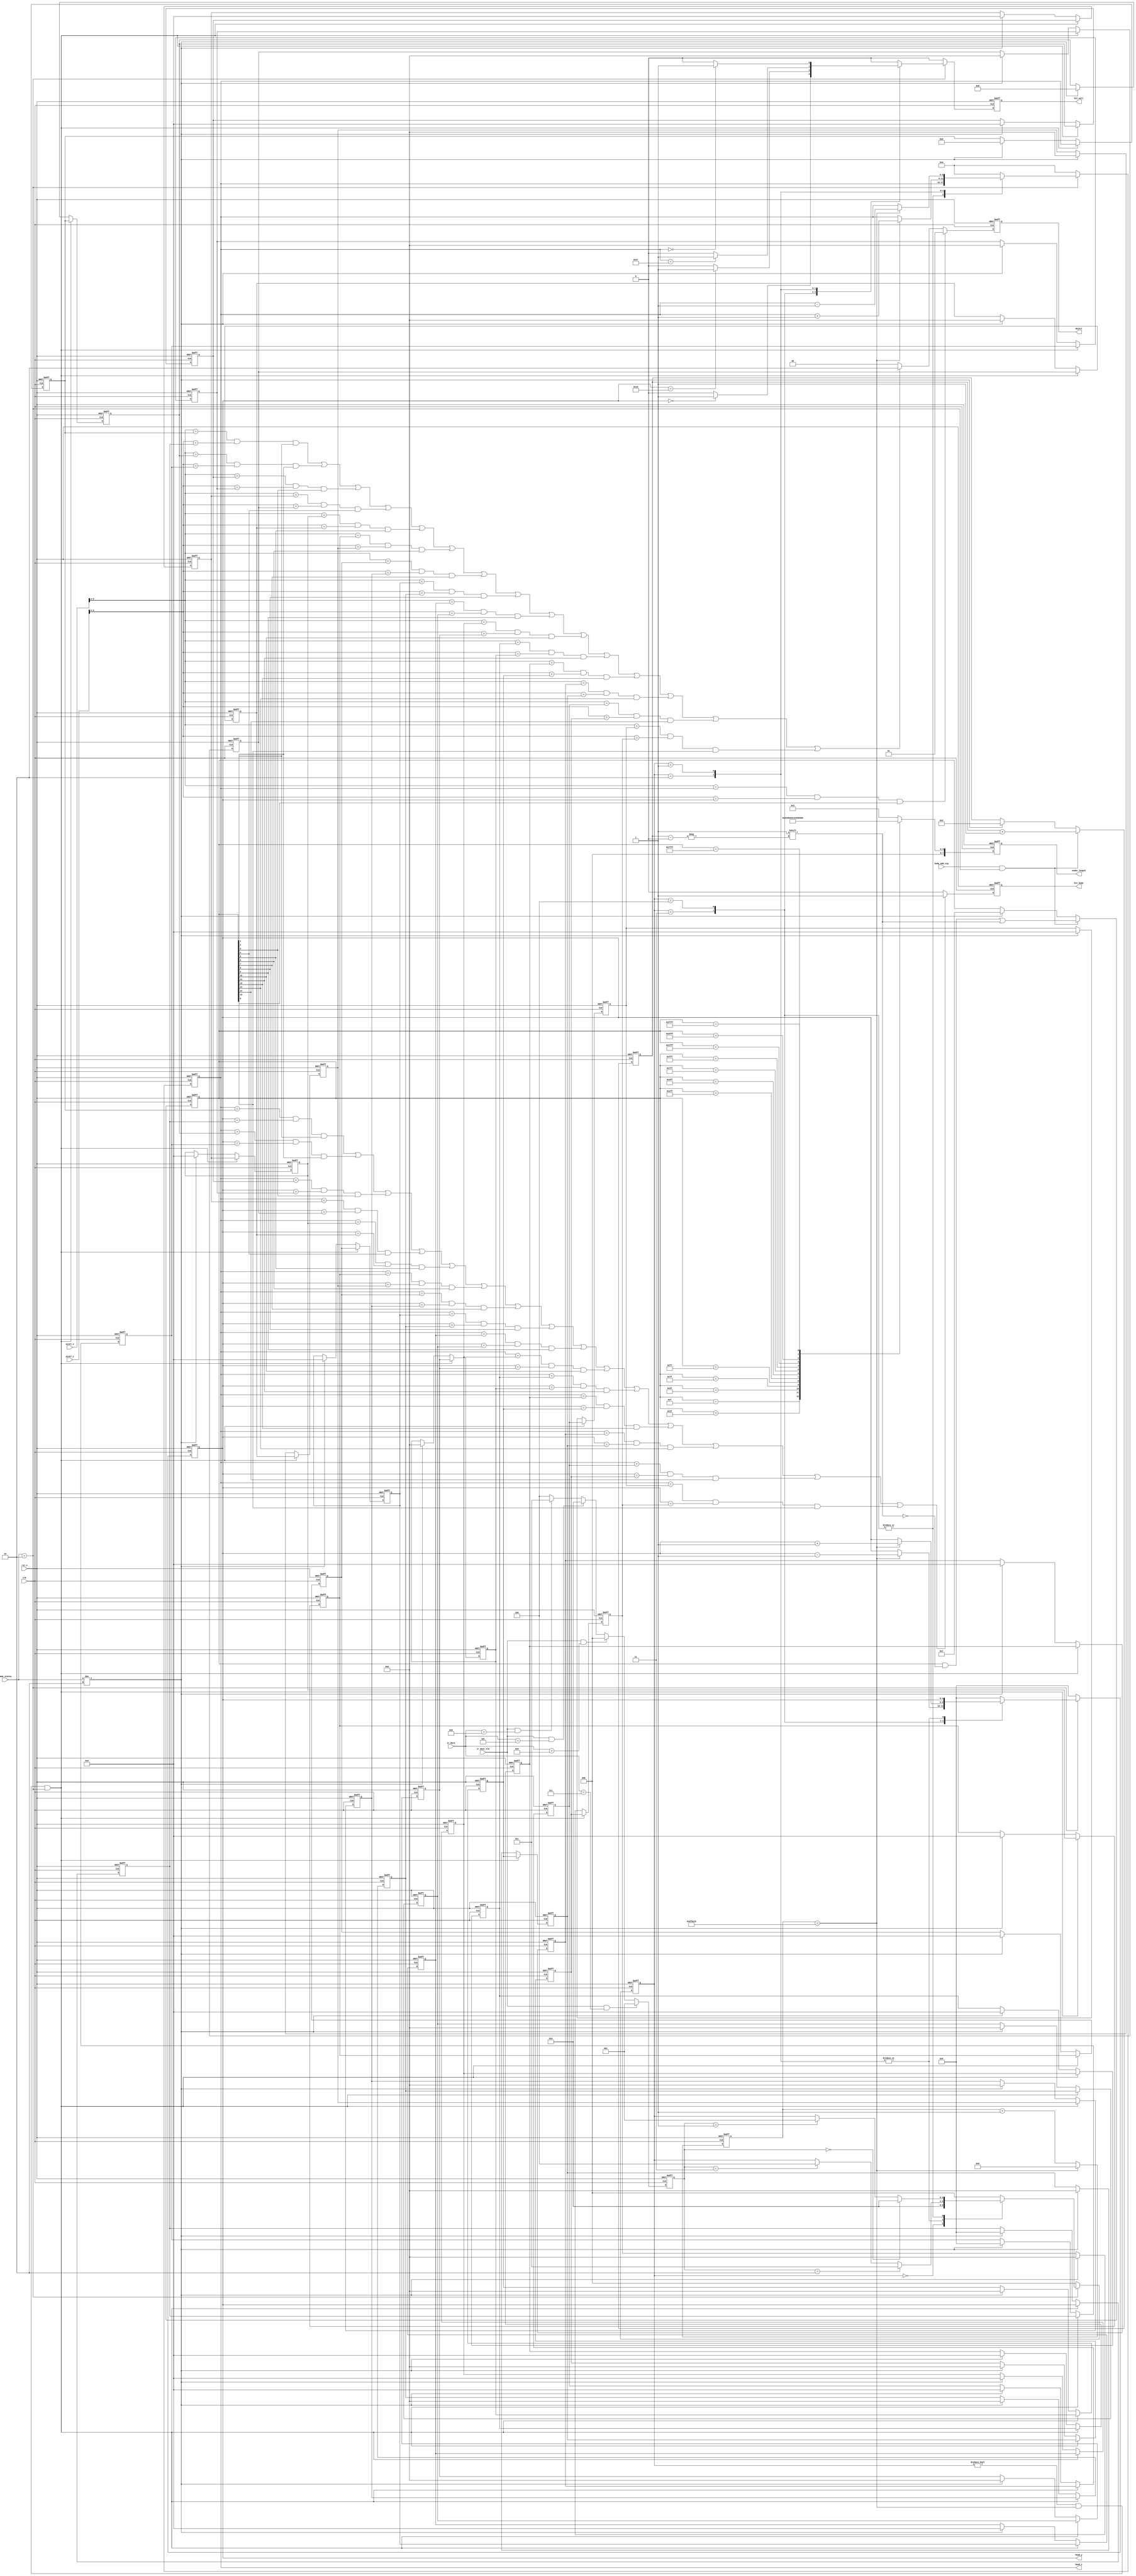
/************************************************************************
 * Create time   : 2018-04-11 18:32
 * Description   : 
 * *********************************************************************/
module  snake_ctrl(
        input                   clk                     ,
        input                   rst_n                   ,
        //IR
        input         [ 7: 0]   ir_data                 ,
        input                   ir_dout_vld             ,
        //pixel
        input         [ 9: 0]   pixel_x                 ,
        input         [ 9: 0]   pixel_y                 ,
        input         [ 2: 0]   game_status             ,
        input                   body_add_sig            ,
        output  reg   [ 7: 0]   snake_length            ,
        //head
        output  wire  [ 5: 0]   head_x                  ,
        output  wire  [ 4: 0]   head_y                  ,
        //hit
        output  reg             hit_body                ,
        output  reg             hit_wall                ,
        output  reg   [ 1: 0]   object 
);
//=====================================================================\
// ********** Define Parameter and Internal Signals *************
//=====================================================================/
parameter   TIME_250MS  =       6_250_000                       ;
localparam  PLAY    =           3'b010                          ;

parameter   IDLE        =       3'd0                            ; 
parameter   LETF        =       3'd1                            ;
parameter   RIGHT       =       3'd2                            ;
parameter   UP          =       3'd3                            ;
parameter   DOWN        =       3'd4                            ;
reg     [ 2: 0]                 status_c                        ;
reg     [ 2: 0]                 status_n                        ;

parameter   NONE        =       2'b00                           ;
parameter   HEAD        =       2'b01                           ;
parameter   BODY        =       2'b10                           ; 
wire    [ 5: 0]                 block_x                         ;
wire    [ 5: 0]                 block_y                         ;
//cnt0
reg     [22: 0]                 cnt0                            ;
wire                            add_cnt0                        ;
wire                            end_cnt0                        ;

//body
reg     [ 5: 0]                 body_x[15: 0]                   ;
reg     [ 4: 0]                 body_y[15: 0]                   ;
reg     [15: 0]                 snake_light                     ;
reg     [ 3: 0]                 body_num                        ; 
//======================================================================
// ***************      Main    Code    ****************
//======================================================================
assign  head_x      =       body_x[0];
assign  head_y      =       body_y[0];

//4
always @(posedge clk or negedge rst_n)begin
    if(!rst_n)begin
        cnt0 <= 0;
    end
    else if(add_cnt0)begin
        if(end_cnt0)
            cnt0 <= 0;
        else
            cnt0 <= cnt0 + 1'b1;
    end
end

assign add_cnt0     =       1'b1;       
assign end_cnt0     =       add_cnt0 && cnt0 == TIME_250MS;


parameter   D_RIGHT     =       3'd0                           ;
parameter   D_LEFT      =       3'd1                           ;
parameter   D_UP        =       3'd2                           ;
parameter   D_DOWN      =       3'd3                           ;
parameter   D_NONE      =       3'd4                           ;
reg     [ 2: 0]                 direct                          ; 

//direct
always  @(posedge clk or negedge rst_n)begin
    if(rst_n==1'b0)begin
        direct  <=  D_NONE;
    end
    else if(ir_dout_vld && ir_data == 8'h07)begin
        direct  <=  D_LEFT;
    end
    else if(ir_dout_vld && ir_data == 8'h09)begin
        direct  <=  D_RIGHT;
    end
    else if(ir_dout_vld && ir_data == 8'h05)begin
        direct  <=  D_UP;
    end
    else if(ir_dout_vld && ir_data == 8'h08)begin
        direct  <=  D_DOWN;
    end
    else 
        direct  <=  D_NONE;
end





//status_c
always@(posedge clk or negedge rst_n)begin
    if(!rst_n)begin
        status_c <= IDLE;
    end
    else begin
        status_c <= status_n;
    end
end


//status_n
always@(*)begin
    if(game_status == PLAY)
        case(status_c)
            IDLE:begin//
                if(game_status == PLAY)
                    status_n = RIGHT;
                else
                    status_n = status_c;
            end
            RIGHT:begin
                if(direct == D_UP)begin
                    status_n = UP;
                end
                else if(direct == D_DOWN)begin
                    status_n = DOWN;
                end
                else begin
                    status_n = status_c;
                end
            end
            LETF:begin
                if(direct == D_UP)begin
                    status_n = UP;
                end
                else if(direct == D_DOWN)begin
                    status_n = DOWN;
                end
                else begin
                    status_n = status_c;
                end
            end
            UP:begin
                if(direct == D_RIGHT)begin
                    status_n = RIGHT;
                end
                else if(direct == D_LEFT)begin
                    status_n = LETF;
                end
                else begin
                    status_n = status_c;
                end
            end
            DOWN:begin
                if(direct == D_RIGHT)begin
                    status_n = RIGHT;
                end
                else if(direct == D_LEFT)begin
                    status_n = LETF;
                end
                else begin
                    status_n = status_c;
                end
            end
            default:begin
                status_n = IDLE;
            end
        endcase
    else
        status_n    <=      IDLE;
end


//hit_wall
always  @(posedge clk or negedge rst_n)begin
    if(rst_n==1'b0)begin
        hit_wall    <=      1'b0;
    end
    else if(game_status == PLAY)begin
        case(status_c)
            UP:if(body_y[0] == 5'd0)
                    hit_wall    <=      1'b1;
                else
                    hit_wall    <=      1'b0;
            DOWN:if(body_y[0] == 5'd29)
                    hit_wall    <=      1'b1;
                else
                    hit_wall    <=      1'b0;
            RIGHT:if(body_x[0] == 6'd39)
                    hit_wall    <=      1'b1;
                else
                    hit_wall    <=      1'b0;
            LETF:if(body_x[0] == 6'd0)
                    hit_wall    <=      1'b1;
                else
                    hit_wall    <=      1'b0;
            default:
                hit_wall    <=      1'b0;
        endcase
    end
    else
        hit_wall    <=      1'b0;
end

//hit_body
always  @(posedge clk or negedge rst_n)begin
    if(rst_n==1'b0)begin
        hit_body    <=      1'b0; 
    end
    else if((body_x[0] == body_x[ 1] && body_y[0] == body_y[ 1] && snake_light[ 1] == 1'b1)|
            (body_x[0] == body_x[ 2] && body_y[0] == body_y[ 2] && snake_light[ 2] == 1'b1)|
            (body_x[0] == body_x[ 3] && body_y[0] == body_y[ 3] && snake_light[ 3] == 1'b1)|
            (body_x[0] == body_x[ 4] && body_y[0] == body_y[ 4] && snake_light[ 4] == 1'b1)|
            (body_x[0] == body_x[ 5] && body_y[0] == body_y[ 5] && snake_light[ 5] == 1'b1)|
            (body_x[0] == body_x[ 6] && body_y[0] == body_y[ 6] && snake_light[ 6] == 1'b1)|
            (body_x[0] == body_x[ 7] && body_y[0] == body_y[ 7] && snake_light[ 7] == 1'b1)|
            (body_x[0] == body_x[ 8] && body_y[0] == body_y[ 8] && snake_light[ 8] == 1'b1)|
            (body_x[0] == body_x[ 9] && body_y[0] == body_y[ 9] && snake_light[ 9] == 1'b1)|
            (body_x[0] == body_x[10] && body_y[0] == body_y[10] && snake_light[10] == 1'b1)|
            (body_x[0] == body_x[11] && body_y[0] == body_y[11] && snake_light[11] == 1'b1)|
            (body_x[0] == body_x[12] && body_y[0] == body_y[12] && snake_light[12] == 1'b1)|
            (body_x[0] == body_x[13] && body_y[0] == body_y[13] && snake_light[13] == 1'b1)|
            (body_x[0] == body_x[14] && body_y[0] == body_y[14] && snake_light[14] == 1'b1)|
            (body_x[0] == body_x[15] && body_y[0] == body_y[15] && snake_light[15] == 1'b1)
            )begin
        hit_body    <=      1'b1;
    end
    else
        hit_body    <=      1'b0;
end

//snake head
always  @(posedge clk or negedge rst_n)begin
    if(rst_n==1'b0)begin
        body_x[0]    <=      'd10;
        body_y[0]    <=      'd5;
    end
    else if(game_status == PLAY)begin
        case(status_c)
            UP:     if(end_cnt0)    
                        body_y[0]   <=  body_y[0] - 1'b1;
            DOWN:   if(end_cnt0)   
                        body_y[0]   <=  body_y[0] + 1'b1;
            RIGHT:  if(end_cnt0)
                        body_x[0]   <=  body_x[0] + 1'b1;
            LETF:   if(end_cnt0)
                        body_x[0]   <=  body_x[0] - 1'b1;            
            default:begin
                body_x[0]    <=      'd10;
                body_y[0]    <=      'd5;
            end
        endcase
    end
    else begin
        body_x[0]    <=      'd10;
        body_y[0]    <=      'd5;
    end
end

//snake body
always  @(posedge clk or negedge rst_n)begin
    if(rst_n==1'b0)begin
        body_x[ 1]   <=      6'd9;
        body_y[ 1]   <=      5'd5;
        body_x[ 2]   <=      6'd8;
        body_y[ 2]   <=      5'd5;
        //016
        body_x[ 3]   <=      6'd0;
        body_y[ 3]   <=      5'd0;
        body_x[ 4]   <=      6'd0;
        body_y[ 4]   <=      5'd0;
        body_x[ 5]   <=      6'd0;
        body_y[ 5]   <=      5'd0;
        body_x[ 6]   <=      6'd0;
        body_y[ 6]   <=      5'd0;
        body_x[ 7]   <=      6'd0;
        body_y[ 7]   <=      5'd0;
        body_x[ 8]   <=      6'd0;
        body_y[ 8]   <=      5'd0;
        body_x[ 9]   <=      6'd0;
        body_y[ 9]   <=      5'd0;
        body_x[10]   <=      6'd0;
        body_y[10]   <=      5'd0;
        body_x[11]   <=      6'd0;
        body_y[11]   <=      5'd0;
        body_x[12]   <=      6'd0;
        body_y[12]   <=      5'd0;
        body_x[13]   <=      6'd0;
        body_y[13]   <=      5'd0;
        body_x[14]   <=      6'd0;
        body_y[14]   <=      5'd0;
        body_x[15]   <=      6'd0;
        body_y[15]   <=      5'd0;
    end
    //keystatus_c != status_c
    else if(status_c != IDLE && end_cnt0 && game_status == PLAY)begin
        body_x[ 1]   <=      body_x[ 0];   
        body_y[ 1]   <=      body_y[ 0];
        body_x[ 2]   <=      body_x[ 1];
        body_y[ 2]   <=      body_y[ 1];
        body_x[ 3]   <=      body_x[ 2];
        body_y[ 3]   <=      body_y[ 2];
        body_x[ 4]   <=      body_x[ 3];
        body_y[ 4]   <=      body_y[ 3];
        body_x[ 5]   <=      body_x[ 4];
        body_y[ 5]   <=      body_y[ 4];
        body_x[ 6]   <=      body_x[ 5];
        body_y[ 6]   <=      body_y[ 5];
        body_x[ 7]   <=      body_x[ 6];
        body_y[ 7]   <=      body_y[ 6];
        body_x[ 8]   <=      body_x[ 7];
        body_y[ 8]   <=      body_y[ 7];
        body_x[ 9]   <=      body_x[ 8];
        body_y[ 9]   <=      body_y[ 8];
        body_x[10]   <=      body_x[ 9];
        body_y[10]   <=      body_y[ 9];
        body_x[11]   <=      body_x[10];
        body_y[11]   <=      body_y[10];
        body_x[12]   <=      body_x[11];
        body_y[12]   <=      body_y[11];
        body_x[13]   <=      body_x[12];
        body_y[13]   <=      body_y[12];
        body_x[14]   <=      body_x[13];
        body_y[14]   <=      body_y[13];
        body_x[15]   <=      body_x[14];
        body_y[15]   <=      body_y[14];
    end
    else if(game_status != PLAY)begin
        body_x[ 1]   <=      6'd9;
        body_y[ 1]   <=      5'd5;
        body_x[ 2]   <=      6'd8;
        body_y[ 2]   <=      5'd5;
        //016
        body_x[ 3]   <=      6'd0;
        body_y[ 3]   <=      5'd0;
        body_x[ 4]   <=      6'd0;
        body_y[ 4]   <=      5'd0;
        body_x[ 5]   <=      6'd0;
        body_y[ 5]   <=      5'd0;
        body_x[ 6]   <=      6'd0;
        body_y[ 6]   <=      5'd0;
        body_x[ 7]   <=      6'd0;
        body_y[ 7]   <=      5'd0;
        body_x[ 8]   <=      6'd0;
        body_y[ 8]   <=      5'd0;
        body_x[ 9]   <=      6'd0;
        body_y[ 9]   <=      5'd0;
        body_x[10]   <=      6'd0;
        body_y[10]   <=      5'd0;
        body_x[11]   <=      6'd0;
        body_y[11]   <=      5'd0;
        body_x[12]   <=      6'd0;
        body_y[12]   <=      5'd0;
        body_x[13]   <=      6'd0;
        body_y[13]   <=      5'd0;
        body_x[14]   <=      6'd0;
        body_y[14]   <=      5'd0;
        body_x[15]   <=      6'd0;
        body_y[15]   <=      5'd0;
    end
end

//snake_light  
always  @(posedge clk or negedge rst_n)begin
    if(rst_n==1'b0)begin
        snake_light             <=  16'h0007;
    end
    else if(body_add_sig && game_status == PLAY)begin
        snake_light[body_num]   <=  1'b1;
    end
    else if(game_status != PLAY)begin
        snake_light <=  16'h0007;
    end
end

//snake_length
always  @(posedge clk or negedge rst_n)begin
    if(rst_n==1'b0)begin
        snake_length    <=      8'd3;
    end
    else
        case(snake_light)
            16'h0007: snake_length    <=      8'h3;//hd4
            16'h000f: snake_length    <=      8'h4;
            16'h001f: snake_length    <=      8'h5;
            16'h003f: snake_length    <=      8'h6;
            16'h007f: snake_length    <=      8'h7;
            16'h00ff: snake_length    <=      8'h8;
            16'h01ff: snake_length    <=      8'h9;
            16'h03ff: snake_length    <=      8'h10;
            16'h07ff: snake_length    <=      8'h11;
            16'h0fff: snake_length    <=      8'h12;
            16'h1fff: snake_length    <=      8'h13;
            16'h3fff: snake_length    <=      8'h14;
            16'h7fff: snake_length    <=      8'h15;
            16'hffff: snake_length    <=      8'h16;
        default:
            snake_length    <=      8'd3;
		  endcase
end



//body_num
always  @(posedge clk or negedge rst_n)begin
    if(rst_n==1'b0)begin
        body_num    <=      'd3;
    end
    else if(body_add_sig && game_status == PLAY)begin
        body_num    <=      body_num + 1'b1;
    end
    else if(game_status != PLAY)begin
        body_num    <=      'd3;
    end
end

assign  block_x    =       pixel_x[9:4];
assign  block_y    =       pixel_y[9:4];

//object
always  @(posedge clk or negedge rst_n)begin
    if(rst_n==1'b0)begin
        object  <=  NONE;
    end
    else if(block_x == body_x[0] && block_y == body_y[0] && snake_light[0] == 1'b1)begin
        object  <=  HEAD;
    end
    else if((block_x == body_x[ 1] && block_y == body_y[ 1] && snake_light[ 1] == 1'b1)|
            (block_x == body_x[ 2] && block_y == body_y[ 2] && snake_light[ 2] == 1'b1)|
            (block_x == body_x[ 3] && block_y == body_y[ 3] && snake_light[ 3] == 1'b1)|
            (block_x == body_x[ 4] && block_y == body_y[ 4] && snake_light[ 4] == 1'b1)|
            (block_x == body_x[ 5] && block_y == body_y[ 5] && snake_light[ 5] == 1'b1)|
            (block_x == body_x[ 6] && block_y == body_y[ 6] && snake_light[ 6] == 1'b1)|
            (block_x == body_x[ 7] && block_y == body_y[ 7] && snake_light[ 7] == 1'b1)|
            (block_x == body_x[ 8] && block_y == body_y[ 8] && snake_light[ 8] == 1'b1)|
            (block_x == body_x[ 9] && block_y == body_y[ 9] && snake_light[ 9] == 1'b1)|
            (block_x == body_x[10] && block_y == body_y[10] && snake_light[10] == 1'b1)|
            (block_x == body_x[11] && block_y == body_y[11] && snake_light[11] == 1'b1)|
            (block_x == body_x[12] && block_y == body_y[12] && snake_light[12] == 1'b1)|
            (block_x == body_x[13] && block_y == body_y[13] && snake_light[13] == 1'b1)|
            (block_x == body_x[14] && block_y == body_y[14] && snake_light[14] == 1'b1)|
            (block_x == body_x[15] && block_y == body_y[15] && snake_light[15] == 1'b1)
            )begin
        object  <=  BODY;
    end
    else begin
        object  <=  NONE;
    end
end








endmodule